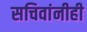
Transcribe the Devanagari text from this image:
सचिवांनीही